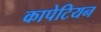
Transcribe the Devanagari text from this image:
कापेटियन